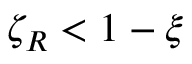
\zeta _ { R } < 1 - \xi